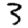
Digit: 3